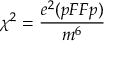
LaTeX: \chi ^ { 2 } = { \frac { e ^ { 2 } ( p F F p ) } { m ^ { 6 } } }